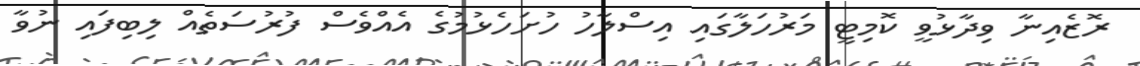
ރޮޒެއިނާ ވިދާޅުވީ ކޮމިޓީ މަރުހަލާގައި އިސްލާހު ހުށަހެޅުމުގެ އެއްވެސް ފުރުސަތެއް ލިބިފައި ނުވާ